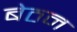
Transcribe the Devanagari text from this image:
बेठन